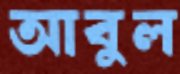
আবুল